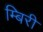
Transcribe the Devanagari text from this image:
म्बिरी